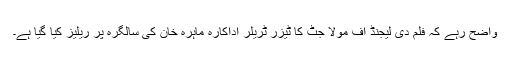
واضح رہے کہ فلم دی لیجنڈ آف مولا جٹ کا ٹیزر ٹریلر اداکارہ ماہرہ خان کی سالگرہ پر ریلیز کیا گیا ہے۔